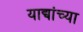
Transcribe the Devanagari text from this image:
याद्यांच्या